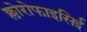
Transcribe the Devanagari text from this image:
क्लोरोफाइसिई